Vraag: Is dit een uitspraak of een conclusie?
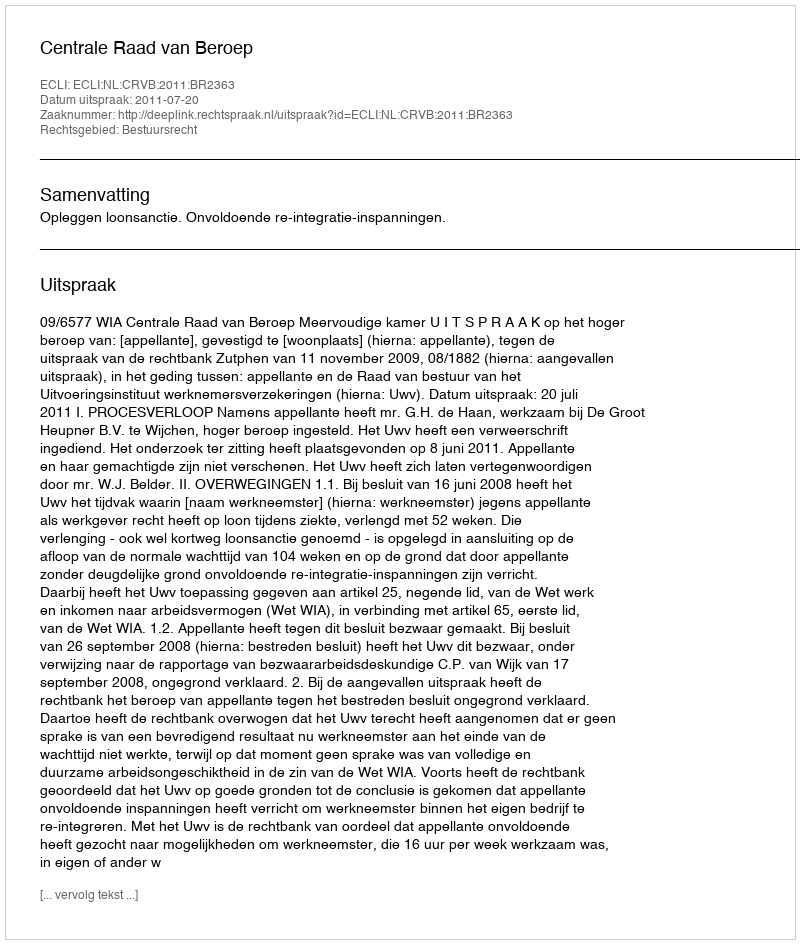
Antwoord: Uitspraak